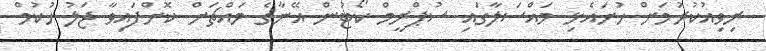
ރިވިއުކުރުމަށް ހުށައެޅި މައްސަލާގައި ސުޕްރީމް ކޯޓުން އޭނާގެ މައްޗަށް ކޮށްފައިވާ ޖަލު ހުކުމް